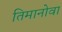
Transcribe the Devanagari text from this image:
तिमानोवा